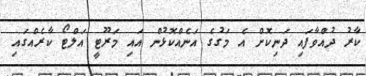
ކާރު ދުއްވާފައި ދަނިކޮށް އެ މަގުގެ އަނެއްކޮޅުން އައި މަރޫޓީ އަލްޓޯ ކާރެއްގައި